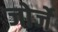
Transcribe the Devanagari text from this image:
जोर्जे